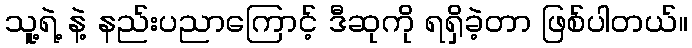
သူ့ရဲ့ နဲ့ နည်းပညာကြောင့် ဒီဆုကို ရရှိခဲ့တာ ဖြစ်ပါတယ်။